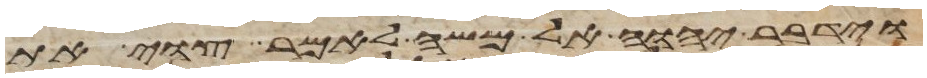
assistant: וידבר יהוה אל משה לאמר צוי את